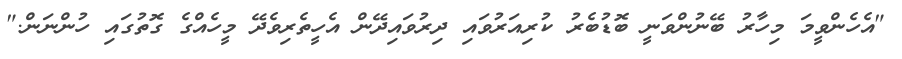
"އެހެންވީމަ މިހާރު ބޭނުންވަނީ ބޮޑުބެރު ކުރިއަރުވައި ދިރުވައިދޭން އެހީތެރިވެދޭ މީހެއްގެ ގޮތުގައި ހުންނަން."